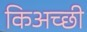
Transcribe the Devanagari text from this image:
किअच्छी